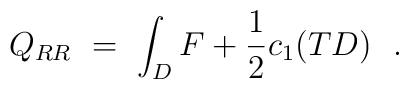
Q_{RR} \ = \ \int_D F + \frac{1}{2} c_1(TD)\ \ .